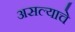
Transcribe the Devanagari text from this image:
असल्‍याचे